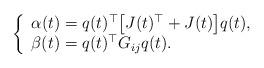
LaTeX: \begin{align*}\left\{\begin{array}{lcl}\alpha(t)=q(t)^\top\big[J(t)^\top + J(t)\big]q(t),\\\beta(t)=q(t)^\top G_{ij}q(t).\end{array}\right.\end{align*}